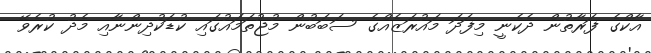
އާކްގެ ފަރާތުން ދެކެނީ މިފަދަ މައުރަޒެއްގެ ސަބަބުން މުޖުތަމައުގައި ކުޑަކުދިންނާއި މެދު ކުރެވޭ